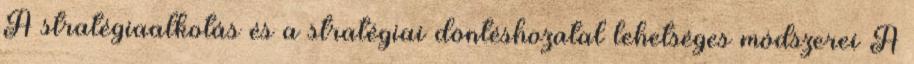
A stratégiaalkotás és a stratégiai döntéshozatal lehetséges módszerei A